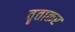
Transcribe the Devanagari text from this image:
वृताकर